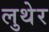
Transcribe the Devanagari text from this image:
लुथेर